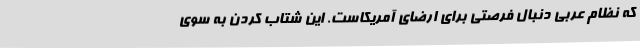
که نظام عربی دنبال فرصتی برای ارضای آمریکاست. این شتاب کردن به سوی